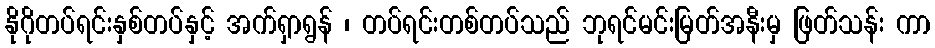
နိုဂိုတပ်ရင်းနှစ်တပ်နှင့် အက်ရှာရွန် ၊ တပ်ရင်းတစ်တပ်သည် ဘုရင်မင်းမြတ်အနီးမှ ဖြတ်သန်း ကာ